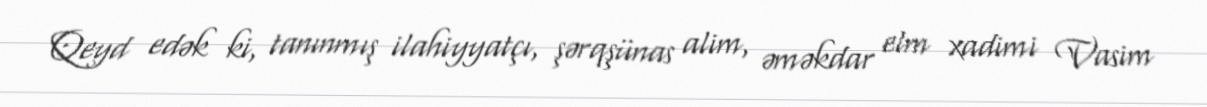
Qeyd edək ki, tanınmış ilahiyyatçı, şərqşünas alim, əməkdar elm xadimi Vasim